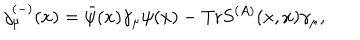
LaTeX: j _ { \mu } ^ { ( - ) } ( x ) = \bar { \psi } ( x ) \gamma _ { \mu } \psi ( x ) - \mathrm { T r } S ^ { ( A ) } ( x , x ) \gamma _ { \mu } ,